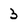
Character: 3